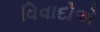
વિવાદોએ